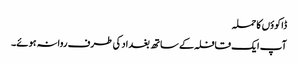
ڈاکوؤں کا حملہ
آپ ایک قافلہ کے ساتھ بغداد کی طرف روانہ ہوئے۔